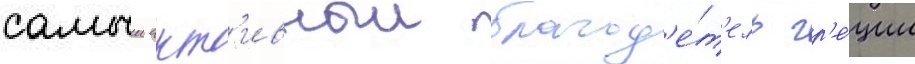
самыи акт'ивныи благод'е́т'ель гр'е́ции